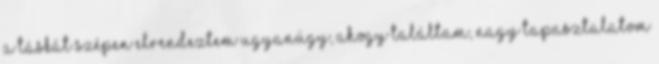
A táskát szépen elrendeztem ugyanúgy, ahogy találtam, nagy tapasztalatom